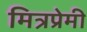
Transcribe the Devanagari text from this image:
मित्रप्रेमी